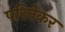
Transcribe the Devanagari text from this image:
परितेकर